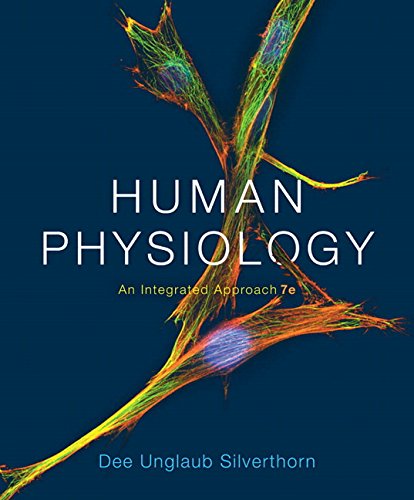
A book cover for Human Physiology: An Integrated Approach (7th Edition); Dee Unglaub Silverthorn; Medical Books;